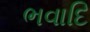
ભવાદિ